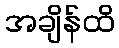
အချိန်ထိ